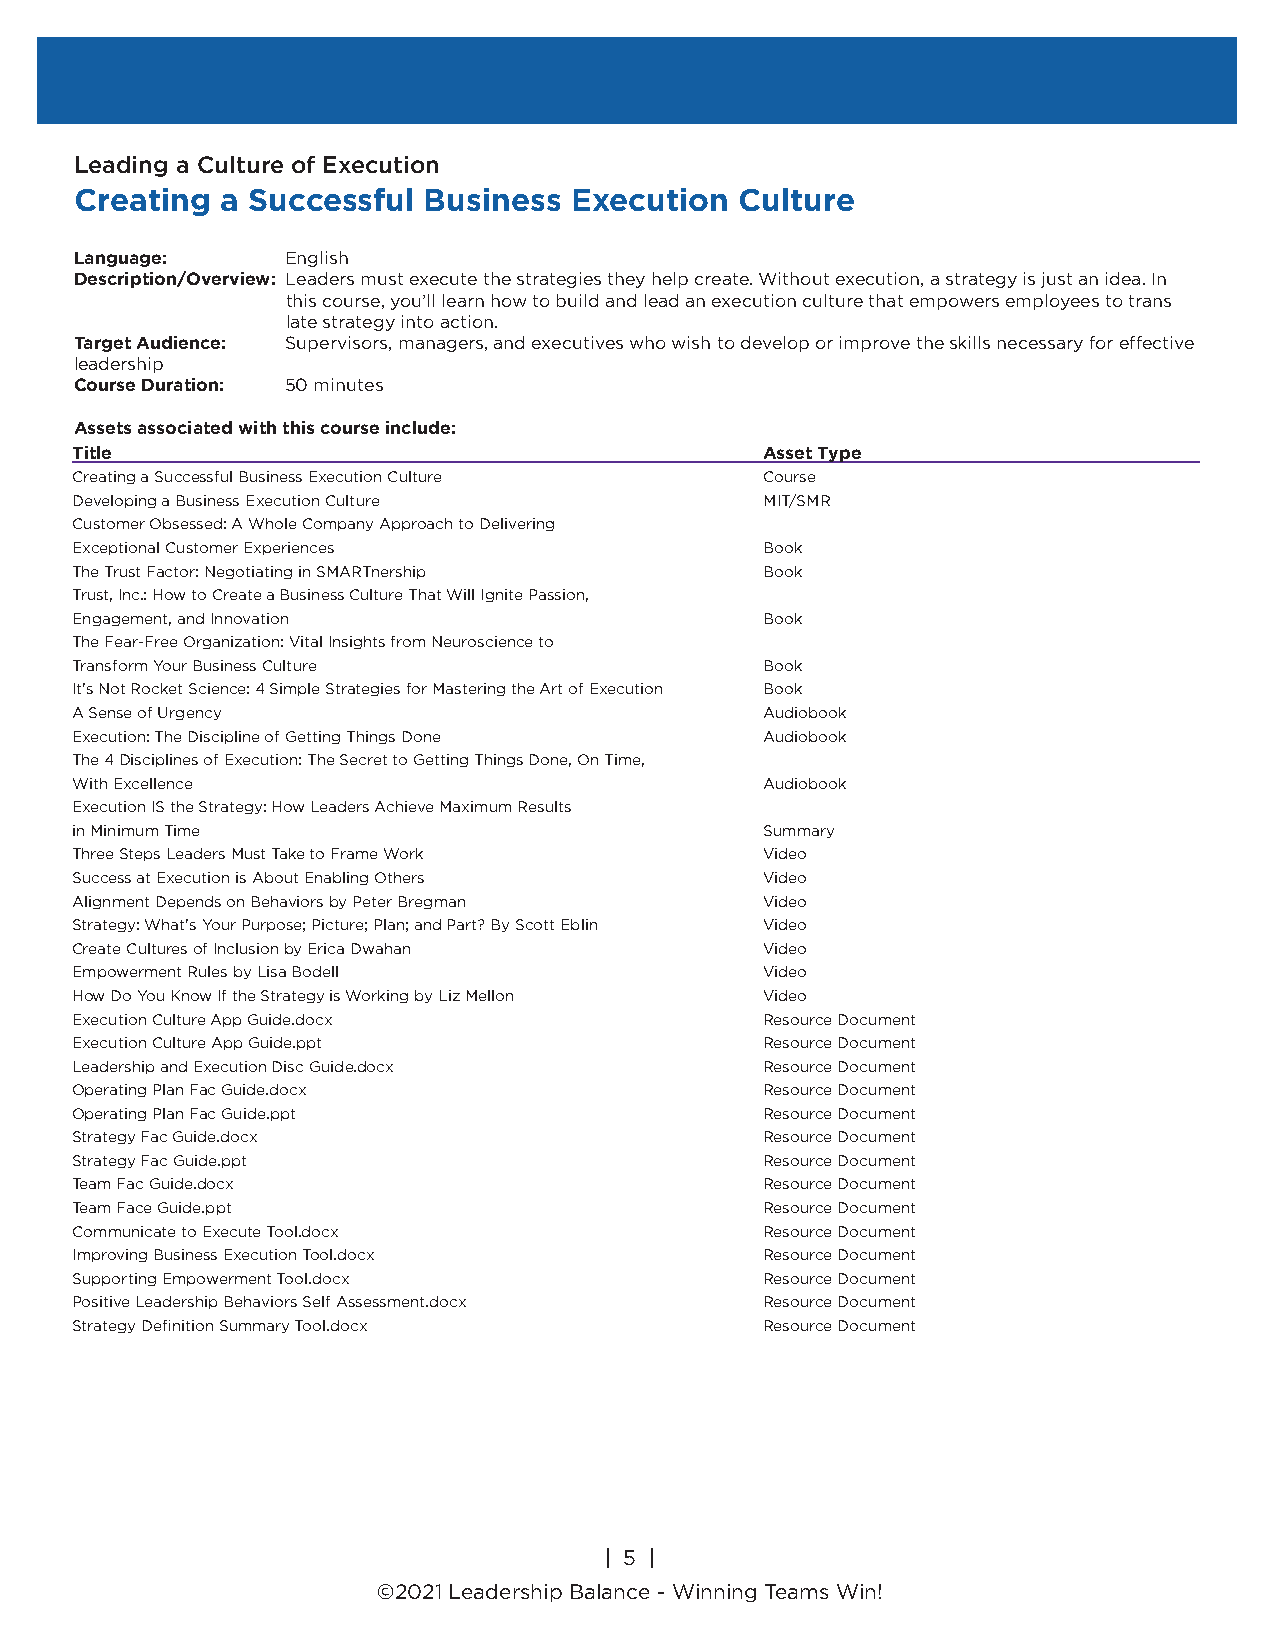
Leading a Culture of Execution
 Creating  a Successful Business  Execution  Culture
 Language:     English
 Description/Overview: Leaders must execute the strategies they help create. Without execution, a strategy is just an idea. In
 this course, you’ll learn how to build and lead an execution culture that empowers employees to trans
 late strategy into action.
 Target Audience: Supervisors, managers, and executives who wish to develop or improve the skills necessary for effective
 leadership
 Course Duration: 50 minutes
 Assets associated with this course include:
 Title                                         Asset Type
 Creating a Successful Business Execution Culture Course
 Developing a Business Execution Culture       MIT/SMR
 Customer Obsessed: A Whole Company Approach to Delivering
 Exceptional Customer Experiences              Book
 The Trust Factor: Negotiating in SMARTnership Book
 Trust, Inc.: How to Create a Business Culture That Will Ignite Passion,
 Engagement, and Innovation                    Book
 The Fear-Free Organization: Vital Insights from Neuroscience to
 Transform Your Business Culture               Book
 It's Not Rocket Science: 4 Simple Strategies for Mastering the Art of Execution Book
 A Sense of Urgency                            Audiobook
 Execution: The Discipline of Getting Things Done Audiobook
 The 4 Disciplines of Execution: The Secret to Getting Things Done, On Time,
 With Excellence                               Audiobook
 Execution IS the Strategy: How Leaders Achieve Maximum Results
 in Minimum Time                               Summary
 Three Steps Leaders Must Take to Frame Work   Video
 Success at Execution is About Enabling Others Video
 Alignment Depends on Behaviors by Peter Bregman Video
 Strategy: What's Your Purpose; Picture; Plan; and Part? By Scott Eblin Video
 Create Cultures of Inclusion by Erica Dwahan  Video
 Empowerment Rules by Lisa Bodell              Video
 How Do You Know If the Strategy is Working by Liz Mellon Video
 Execution Culture App Guide.docx              Resource Document
 Execution Culture App Guide.ppt               Resource Document
 Leadership and Execution Disc Guide.docx      Resource Document
 Operating Plan Fac Guide.docx                 Resource Document
 Operating Plan Fac Guide.ppt                  Resource Document
 Strategy Fac Guide.docx                       Resource Document
 Strategy Fac Guide.ppt                        Resource Document
 Team Fac Guide.docx                           Resource Document
 Team Face Guide.ppt                           Resource Document
 Communicate to Execute Tool.docx              Resource Document
 Improving Business Execution Tool.docx        Resource Document
 Supporting Empowerment Tool.docx              Resource Document
 Positive Leadership Behaviors Self Assessment.docx Resource Document
 Strategy Definition Summary Tool.docx         Resource Document
 | 5 |
 ©2018 Leadership Balance®, division of Liderança Group, Inc.
 | 5 |
 ©2021 Leadership Balance - Winning Teams Win!